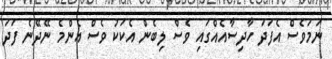
ނަމަވެސް އެފަދަ ހާދިސާއެއްގައި ވެސް ލިބެން އެކަކު ވެސް އެންމެ ނޭދޭނެ ފަދަ